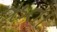
ઋતા